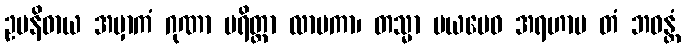
ဥပနိဓာယ အမှာကံ ဂုဏာ ပရိတ္တာ လာမကာ၊ တသ္မာ မယမေဝ အရဟာမ တံ ဘဝန္တံ